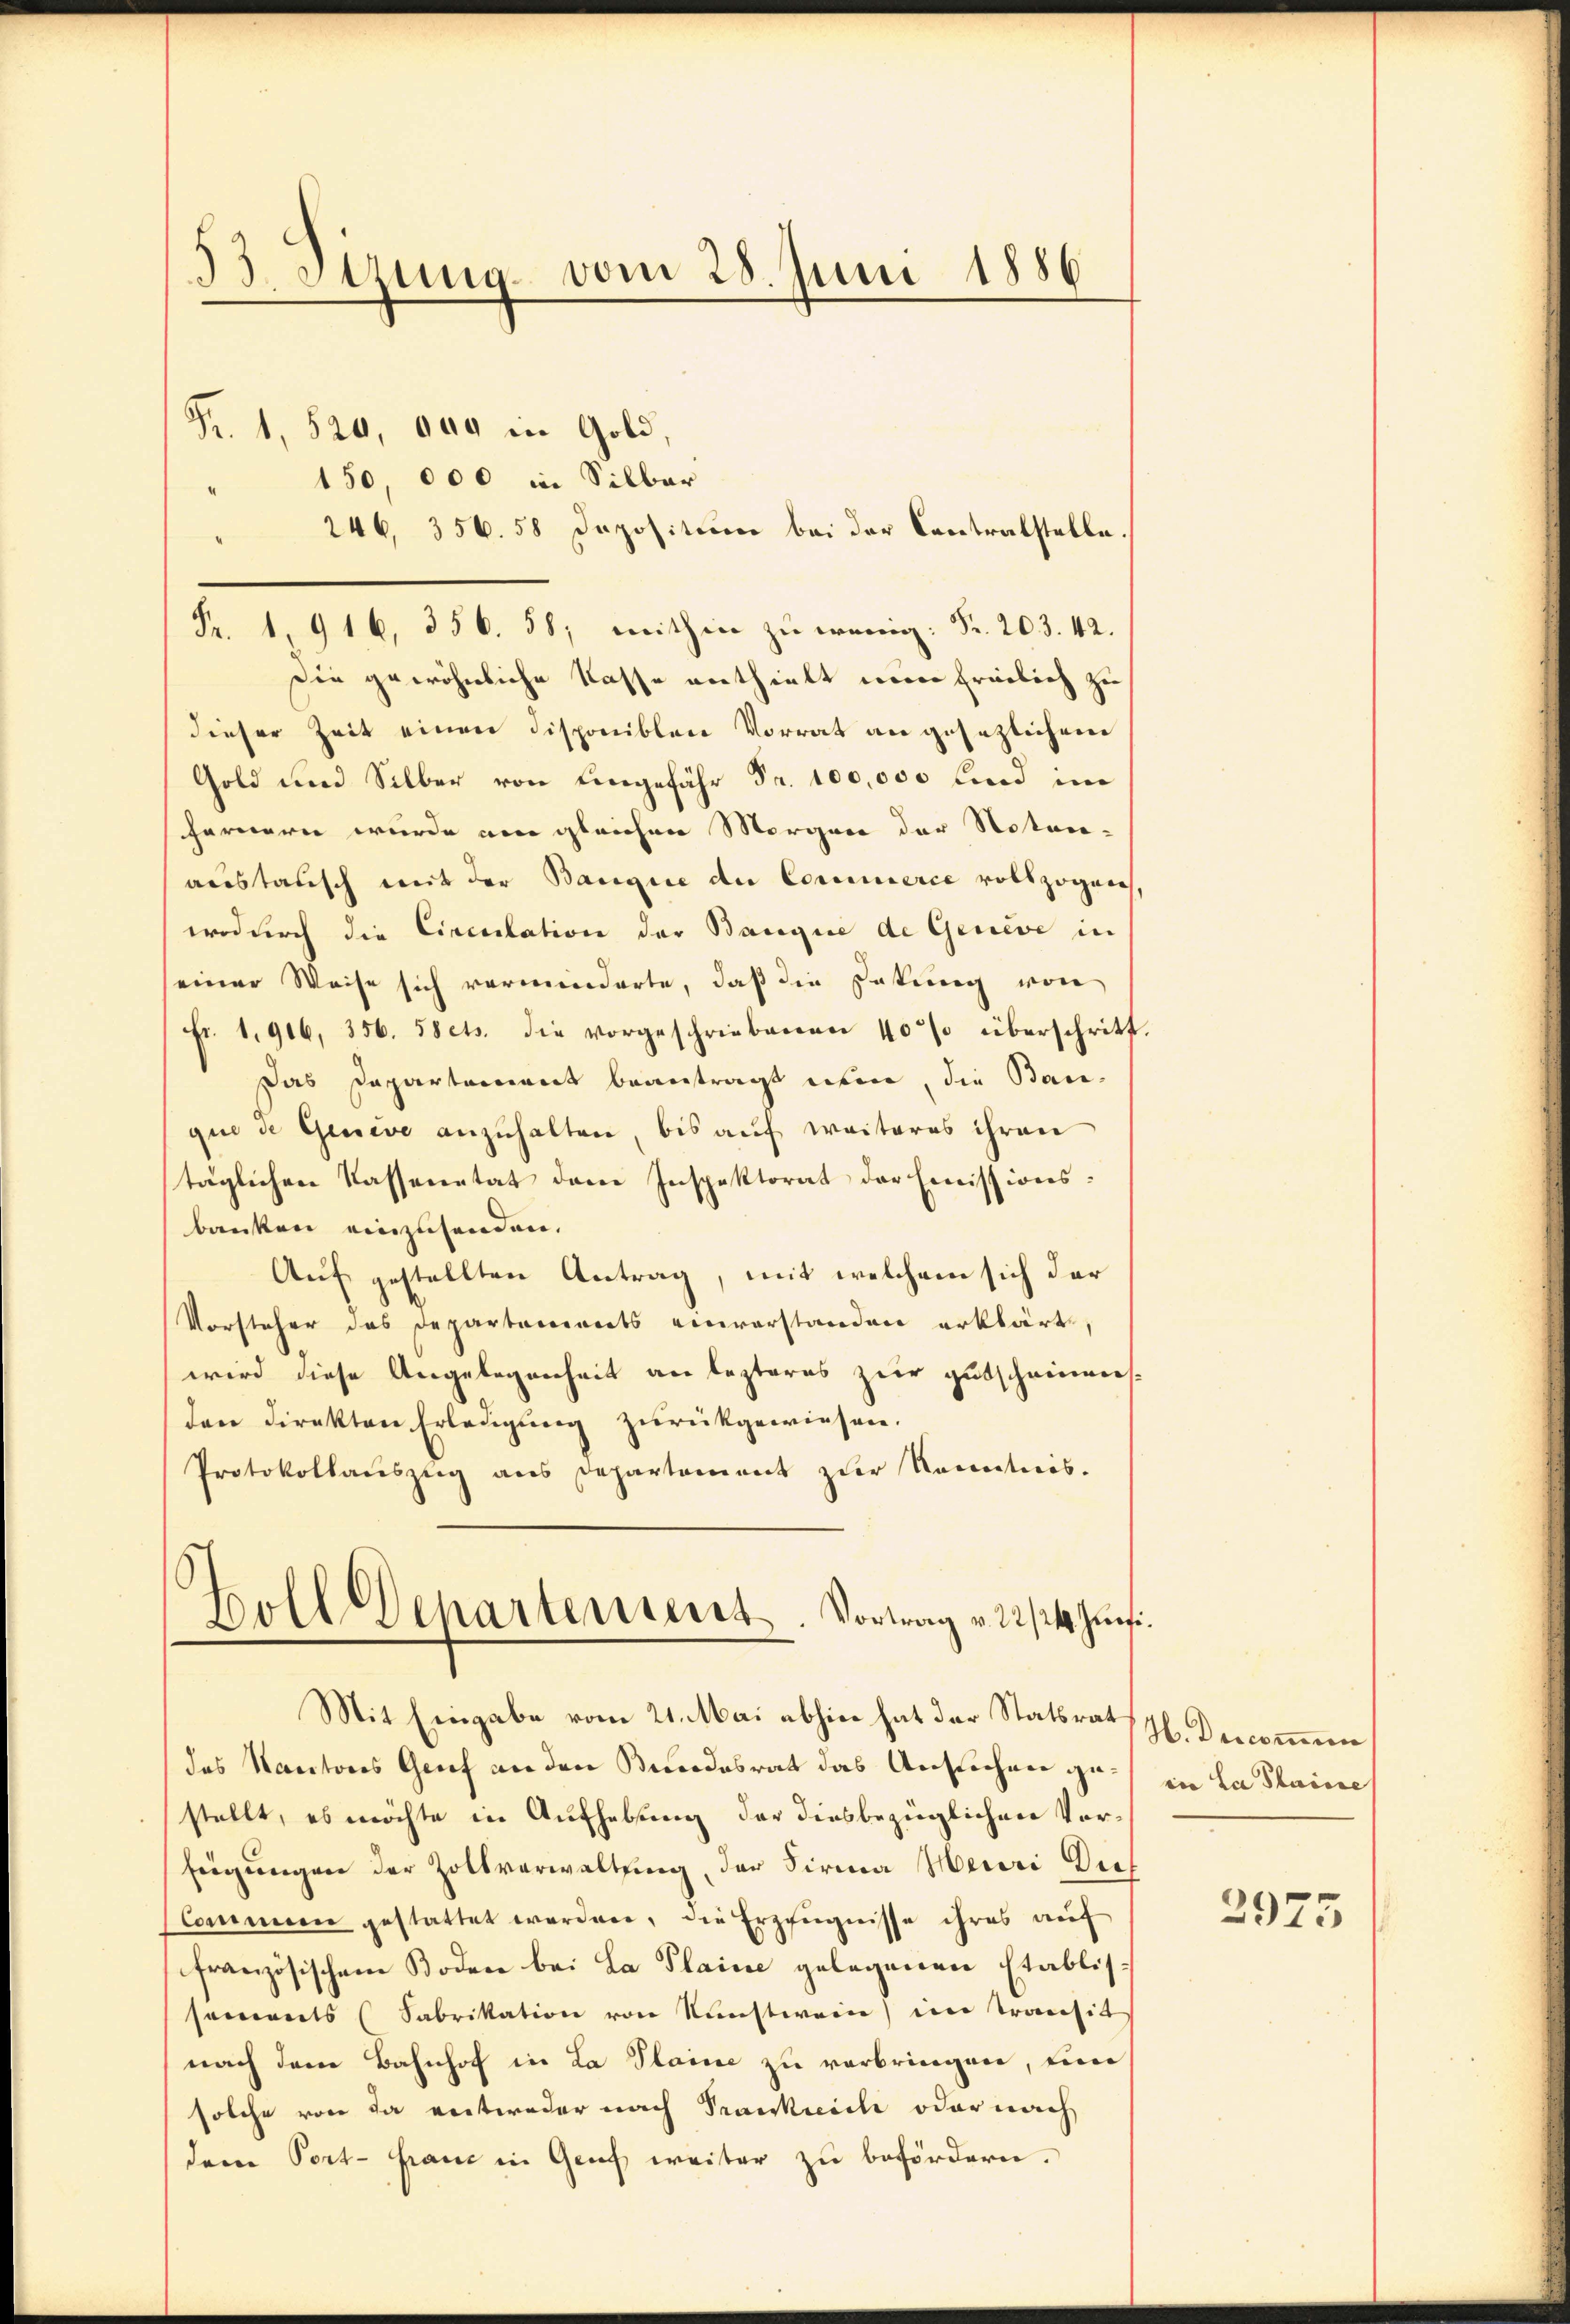
s
d. Stzung vom 28. Juni 1886.

Fr. 1, 520, 000 in Gold,
150,000 in Silbar
" 246, 356. 58 Depositum bei der Contralstelle.
Fr. 1. 916, 356. 58, mithin zu wenig: Fr. 203. 42.
Die gewöhnliche Kasse vethielt worin freilich zu
dieser Zeit einen Disponiblen Vorrat an gesezlichem
Gold und Silber von eingefähr Fr. 100,000 und im
ferneren wurde am gleichen Morgen der Notariaustausch mit der Banque de Commerce vollzogen
wodurch die Circulation der Bangie de Geneve in
einer Weise sich verminderte, daß die Datung von
Fr. 1916, 356. Sets. die vorgeschriebenen 40% überschritt
Das Dapartement beantragt eben, die Bauque de Geneve anzuhalten, bis auf weiteres ihren
täglichen Kassenetat dem Inspektorat der Emissionsbanken einzusenden.
Auf gestellten Antrag, mit welchem sich der
Vorsteher das Departements einverstanden erklärt,
wird diese Angelegenheit an lezteres zur gutscheinen
den direkten Erledigung zurückgewiesen.
Protokollauszug aus Departement zur Kenntnis.

Boll Departement. Vortrag v. 22/24. Juni.
Mit Eingabe vom 21. Mai abhin hat der Statsrat

des Kantons Genf an den Bundesrat das Anstechnee gestellt, es möchte in Aufhebung der diesbezüglichen Vor¬
Eigungen der Zollverwaltung der Firma Henri Dief
Commen gestattet worden, die Erzeugnisse ihres auf
französischem Boden bei La Plaine gelegenen Etablissammts (Fabrikation von Kunstwein) im Transit
nach dem Bahnhof in La Plaine zu verbringen, um
solche von da entweder nach Trankreich oder nach
deren Port- Fraue in Genf weiter zu befördern.

H. Descommene
iie la Plaisse

2975